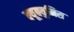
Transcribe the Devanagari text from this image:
क्यूक्युमिस